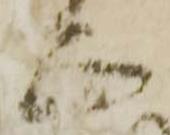
正